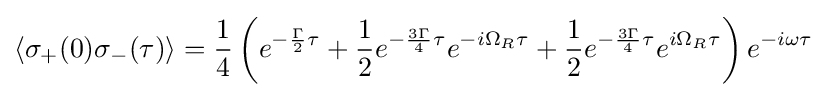
\langle \sigma _{+}(0)\sigma _{-}(\tau )\rangle ={\frac {1}{4}}\left(e^{-{\frac {\Gamma }{2}}\tau }+{\frac {1}{2}}e^{-{\frac {3\Gamma }{4}}\tau }e^{-i\Omega _{R}\tau }+{\frac {1}{2}}e^{-{\frac {3\Gamma }{4}}\tau }e^{i\Omega _{R}\tau }\right)e^{-i\omega \tau }